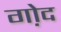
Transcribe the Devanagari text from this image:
गो़द